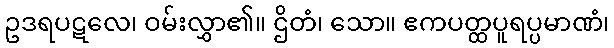
ဥဒရပဋလေ၊ ဝမ်းလွှာ၏။ ဌိတံ၊ သော။ ဧကပတ္ထပူရပ္ပမာဏံ၊